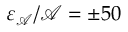
\varepsilon _ { \mathcal { A } } / \mathcal { A } = \pm 5 0 \